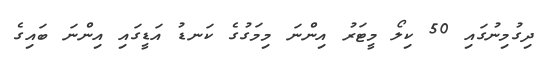
ދިގުމިނުގައި 50 ކިލޯ މީޓަރު އިންނަ މިމަގުގެ ކަނޑު އަޑީގައި އިންނަ ބައިގެ